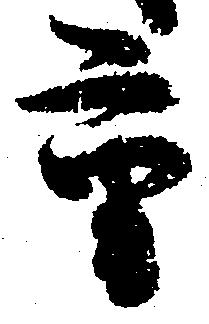
重